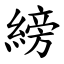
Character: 縍